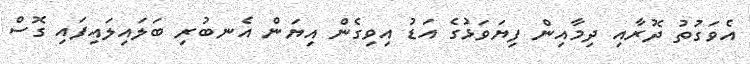
އެވަގުތު ދޮރާއި ދިމާއިން ފިޔަވަޅުގެ އަޑު އިވިގެން އިޔަން އެނބުރި ބަލައިލައިފައި ގޮސް